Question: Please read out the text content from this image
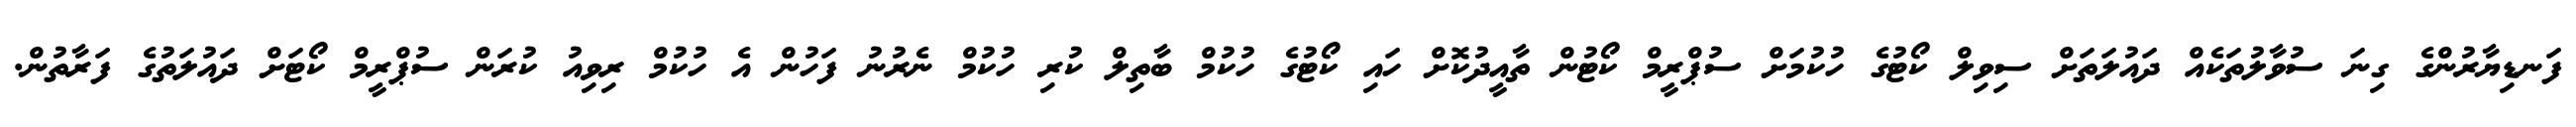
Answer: ފަނޑިޔާރުންގެ ގިނަ ސުވާލުތަކެއް ދައުލަތަށް ސިވިލް ކޯޓުގެ ހުކުމަށް ސުޕްރީމް ކޯޓުން ތާއީދުކޮށް ހައި ކޯޓުގެ ހުކުމް ބާތިލް ކުރި ހުކުމް ނެރުނު ފަހުން އެ ހުކުމް ރިވިއު ކުރަން ސުޕްރީމް ކޯޓަށް ދައުލަތުގެ ފަރާތުން.